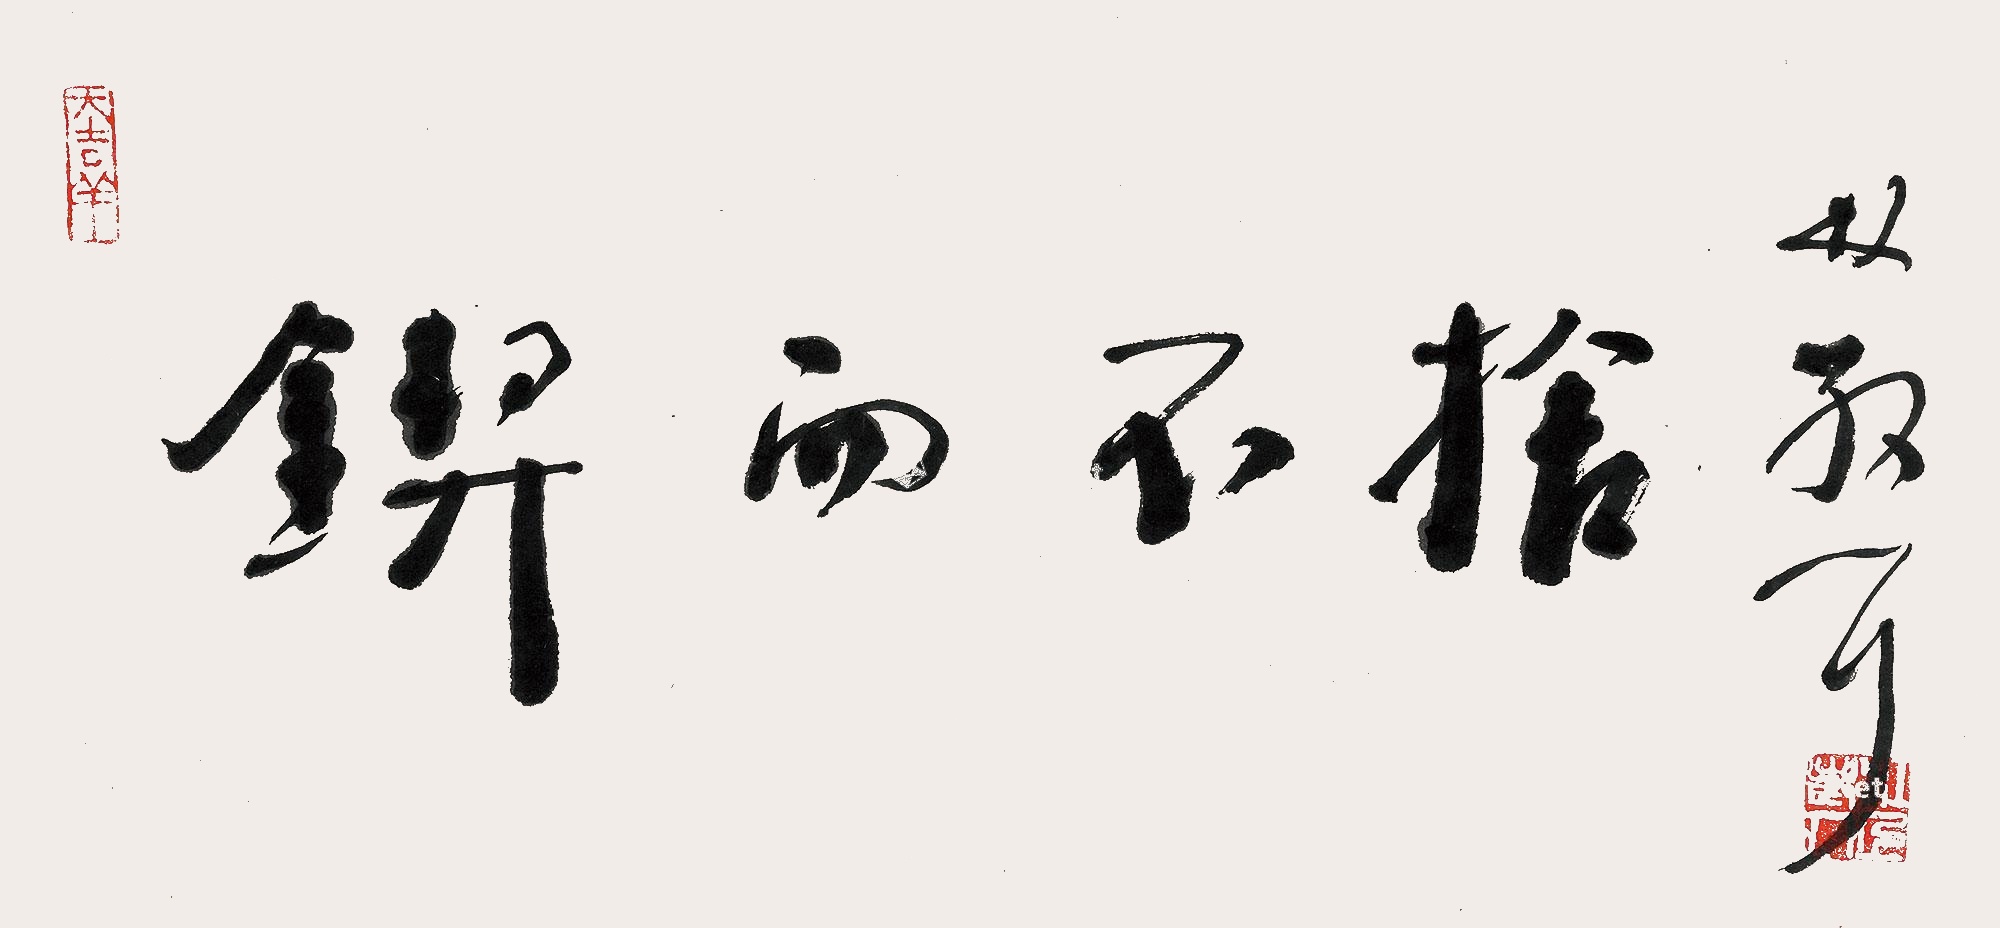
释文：锲而不舍大吉祥